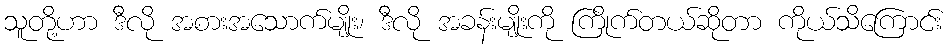
သူတို့ဟာ ဒီလို အစားအသောက်မျိုး၊ ဒီလို အခန်းမျိုးကို ကြိုက်တယ်ဆိုတာ ကိုယ်သိကြောင်း